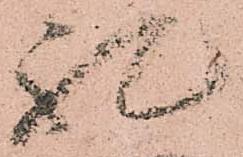
礼